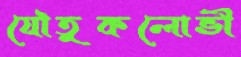
যৌতুকলোভী